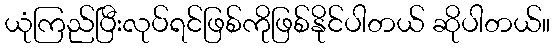
ယုံကြည်ပြီးလုပ်ရင်ဖြစ်ကိုဖြစ်နိုင်ပါတယ် ဆိုပါတယ်။